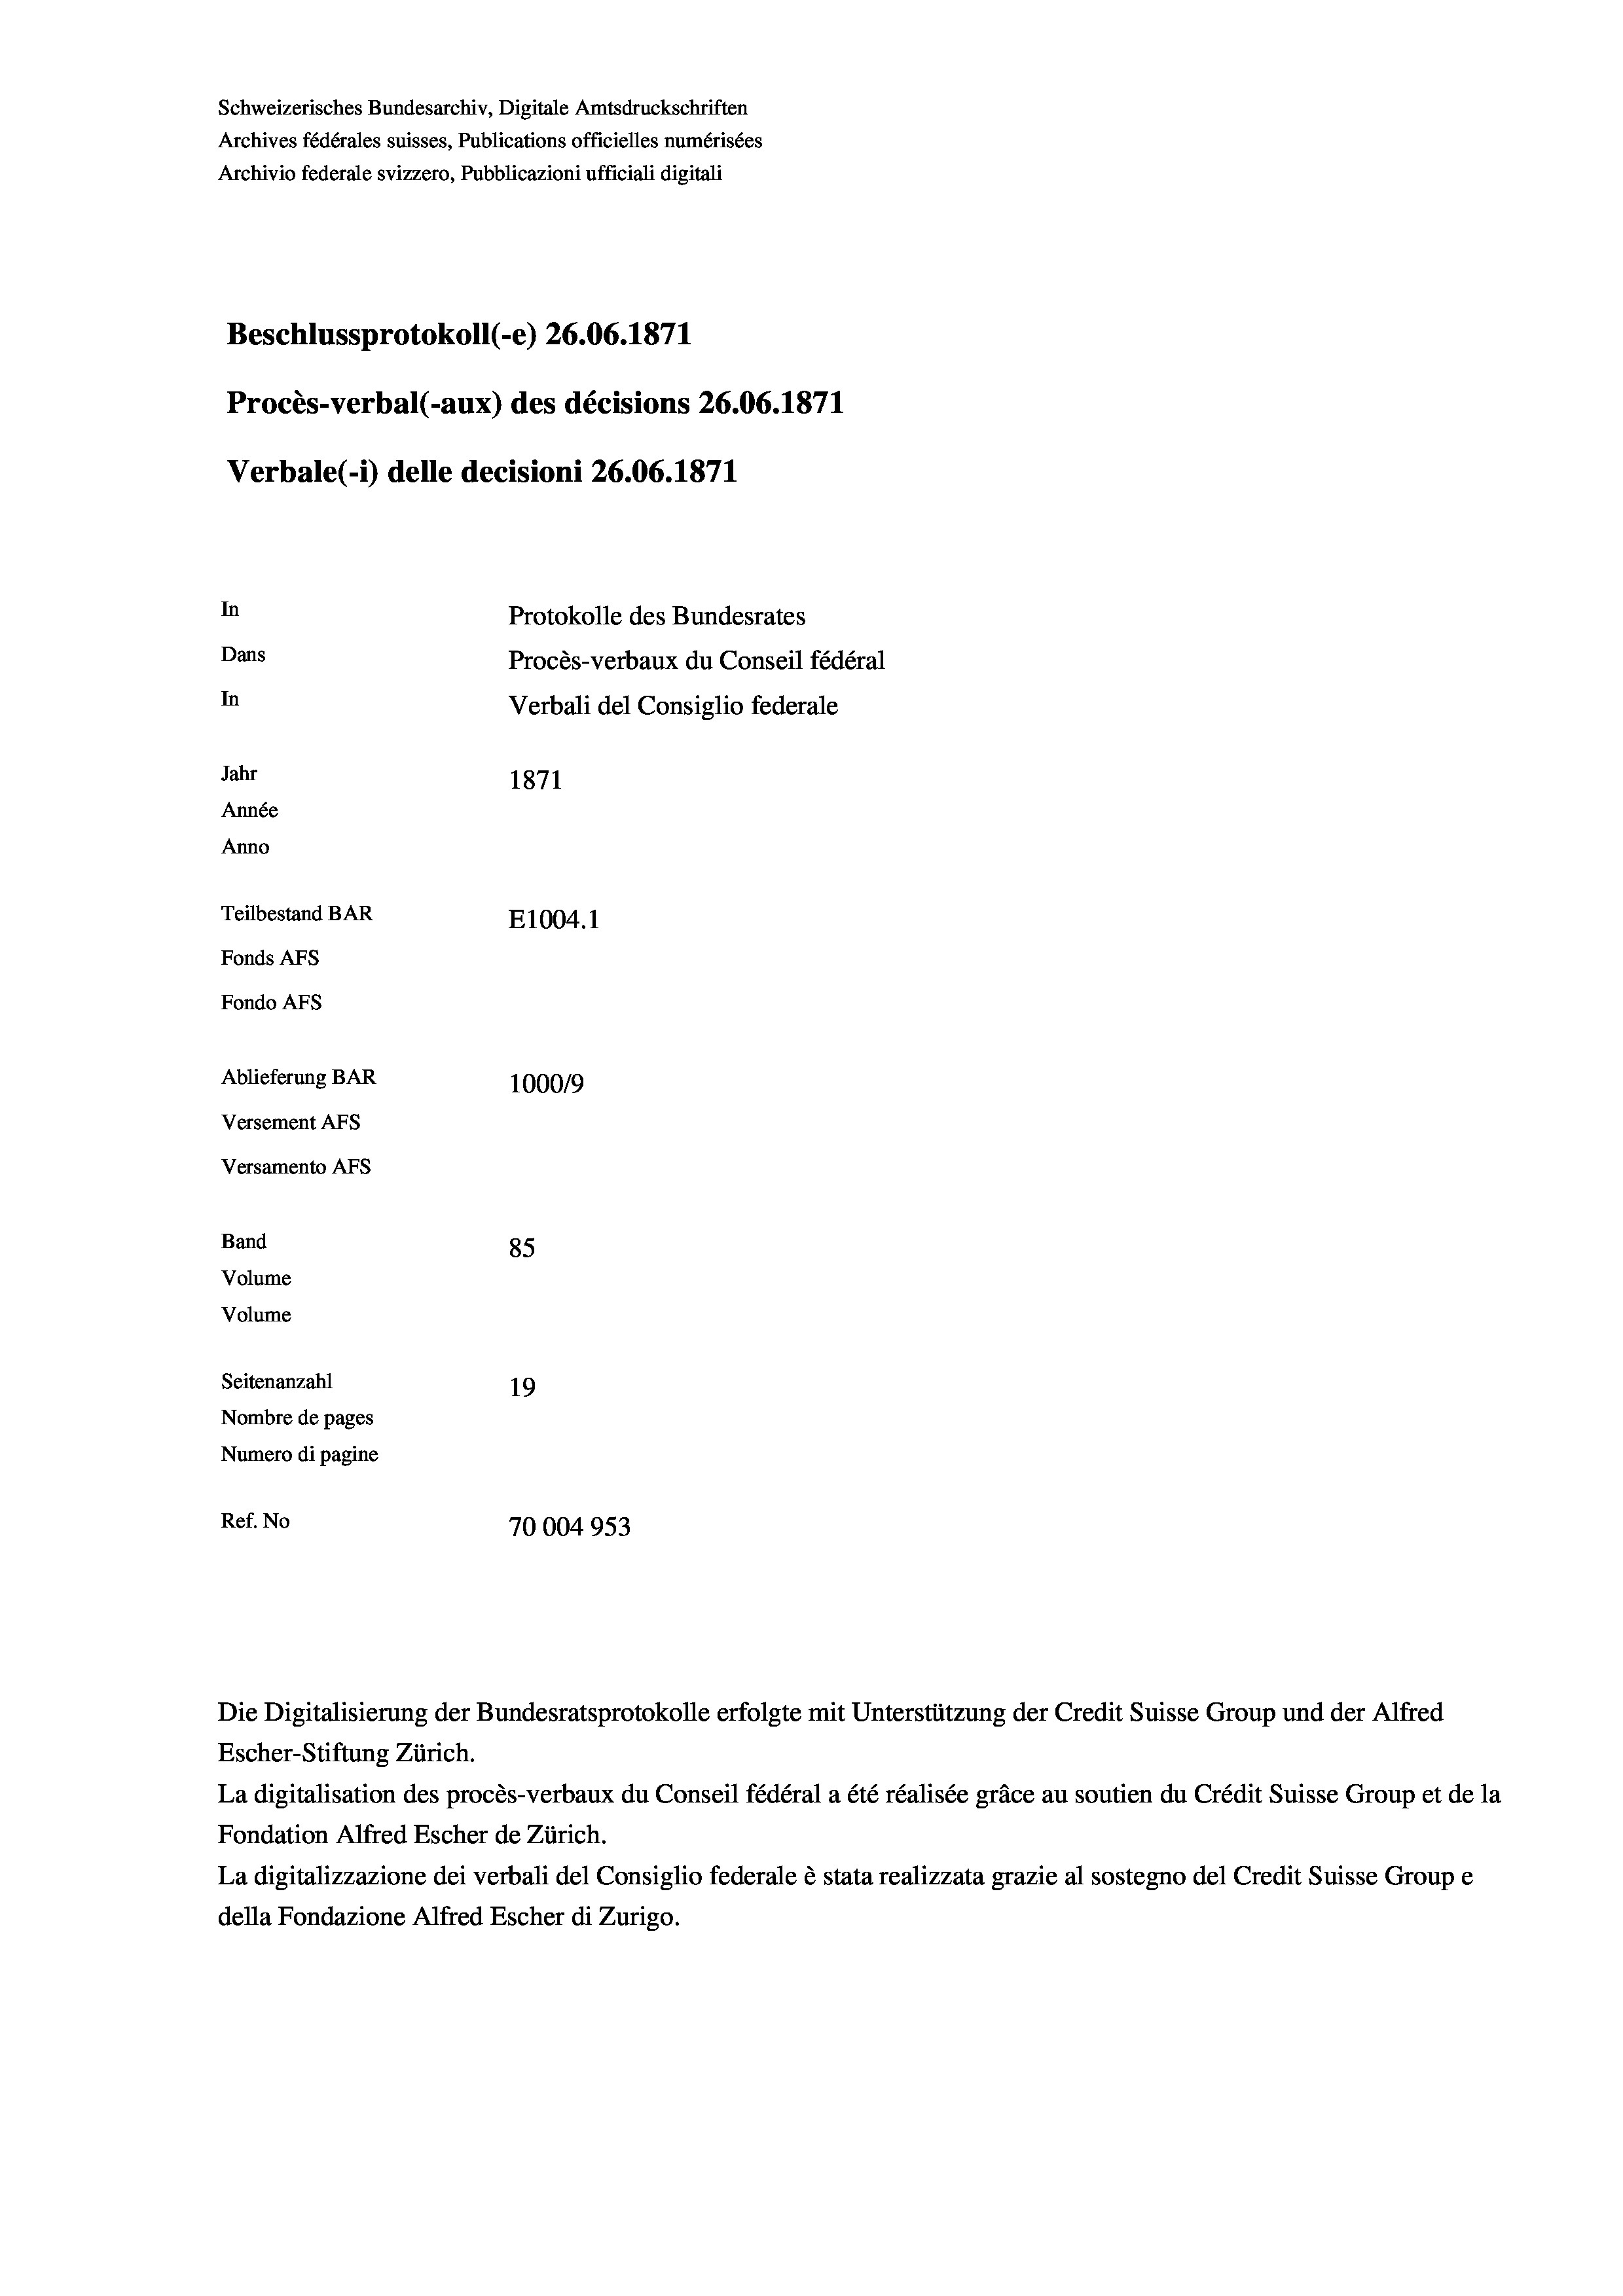
Schweizerisches Bundesarchiv, Digitale Amtsdruckschriften
Archives fédérales suisses, Publications officielles numérisées
Archivio federale svizzero, Pubblicazioni ufficiali digitali
Beschlussprotokoll (-e) 26.06. 1871
Procès-verbal (-aux) des décisions 26.06. 1871
Verbale(-*) delle decisioni 26.06. 1871
In
Protokolle des Bundesrates
Dans
Procès-verbaux du Conseil fédéral
In
Verbali del Consiglio federale
Jahr
1871
Année
Anno
Teilbestand BAR
E1004.1
Fonds AFs
Fondo AFs

Ablieferung BAR
Versement Abs
Versamento Afs
Band
Volume
Volume
Seitenanzahl

100019
85
19
Nombre de pages
Numero di pagine
Ref. No
70004953

Escher-Stiftung Zürich.
La digitalisation des procès-verbaux du Conseil fédéral a été réalisée gräce au soutien du Crédit Suisse Group et de la
Fondation Alfred Escher de Zürich.
La digitalizzazione dei verbali del Consiglio federale è stata realizzata grazie al sostegno del Credit Suisse Groupe
della Fondazione Alfred Escher di Zurigo.

Die Digitalisierung der Bundesratsprotokolle erfolgte mit Unterstützung der Credit Suisse Group und der Alfred